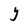
Character: Y